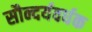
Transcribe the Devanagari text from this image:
सौन्दर्यवर्धक